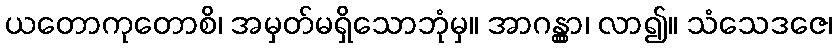
ယတောကုတောစိ၊ အမှတ်မရှိသောဘုံမှ။ အာဂန္တွာ၊ လာ၍။ သံသေဒဇေ၊